Report on vaccination North-West Frontier Province 1904-1922 - 1904-1922
Year: 1904
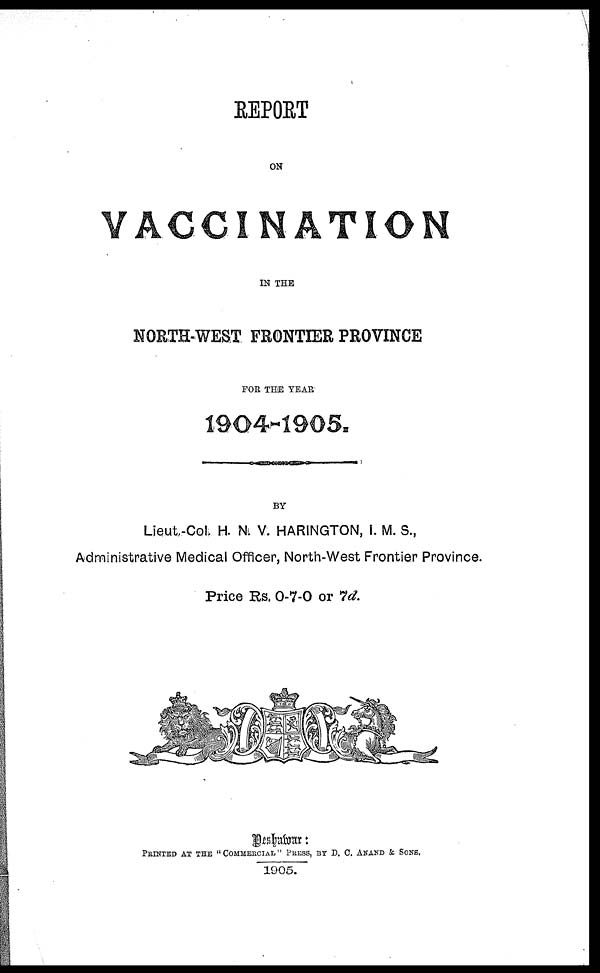
REPORT
ON
VACCINATION
IN THE
NORTH-WEST FRONTIER PROVINCE
FOR THE YEAR
1904-1905.
BY
Lieut.-Col. H. N. V. HARINGTON, I. M. S.,
Administrative Medical Officer, North-West Frontier Province.
Price Rs. 0-7-0 or 7d.
Peshawar:
PRINTED AT THE "COMMERCIAL" PRESS, BY D. C. ANAND & SONS.
1905.